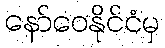
နော်ဝေနိုင်ငံမှ